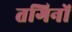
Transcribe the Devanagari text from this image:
तगिनों